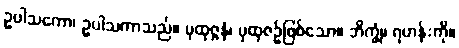
ဥပါသကော၊ ဥပါသကာသည်။ ပုထုဇ္ဇနံ၊ ပုထုဇဉ်ဖြစ်သော။ ဘိက္ခုံ၊ ရဟန်းကို။